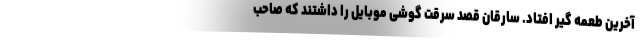
آخرین طعمه گیر افتاد. سارقان قصد سرقت گوشی موبایل را داشتند که صاحب